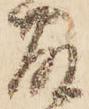
藤